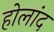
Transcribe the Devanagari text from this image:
होलांद